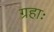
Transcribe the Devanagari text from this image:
ग्रहाः